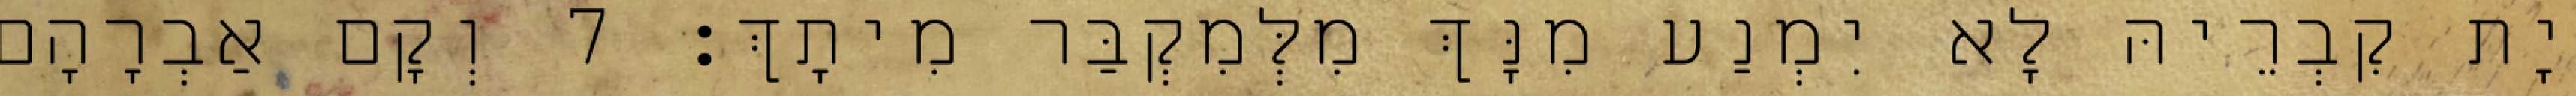
יָת קִבְרֵיהּ לָא יִמְנַע מִנָּךְ מִלְּמִקְבַּר מִיתָךְ׃ 7 וְקָם אַבְרָהָם